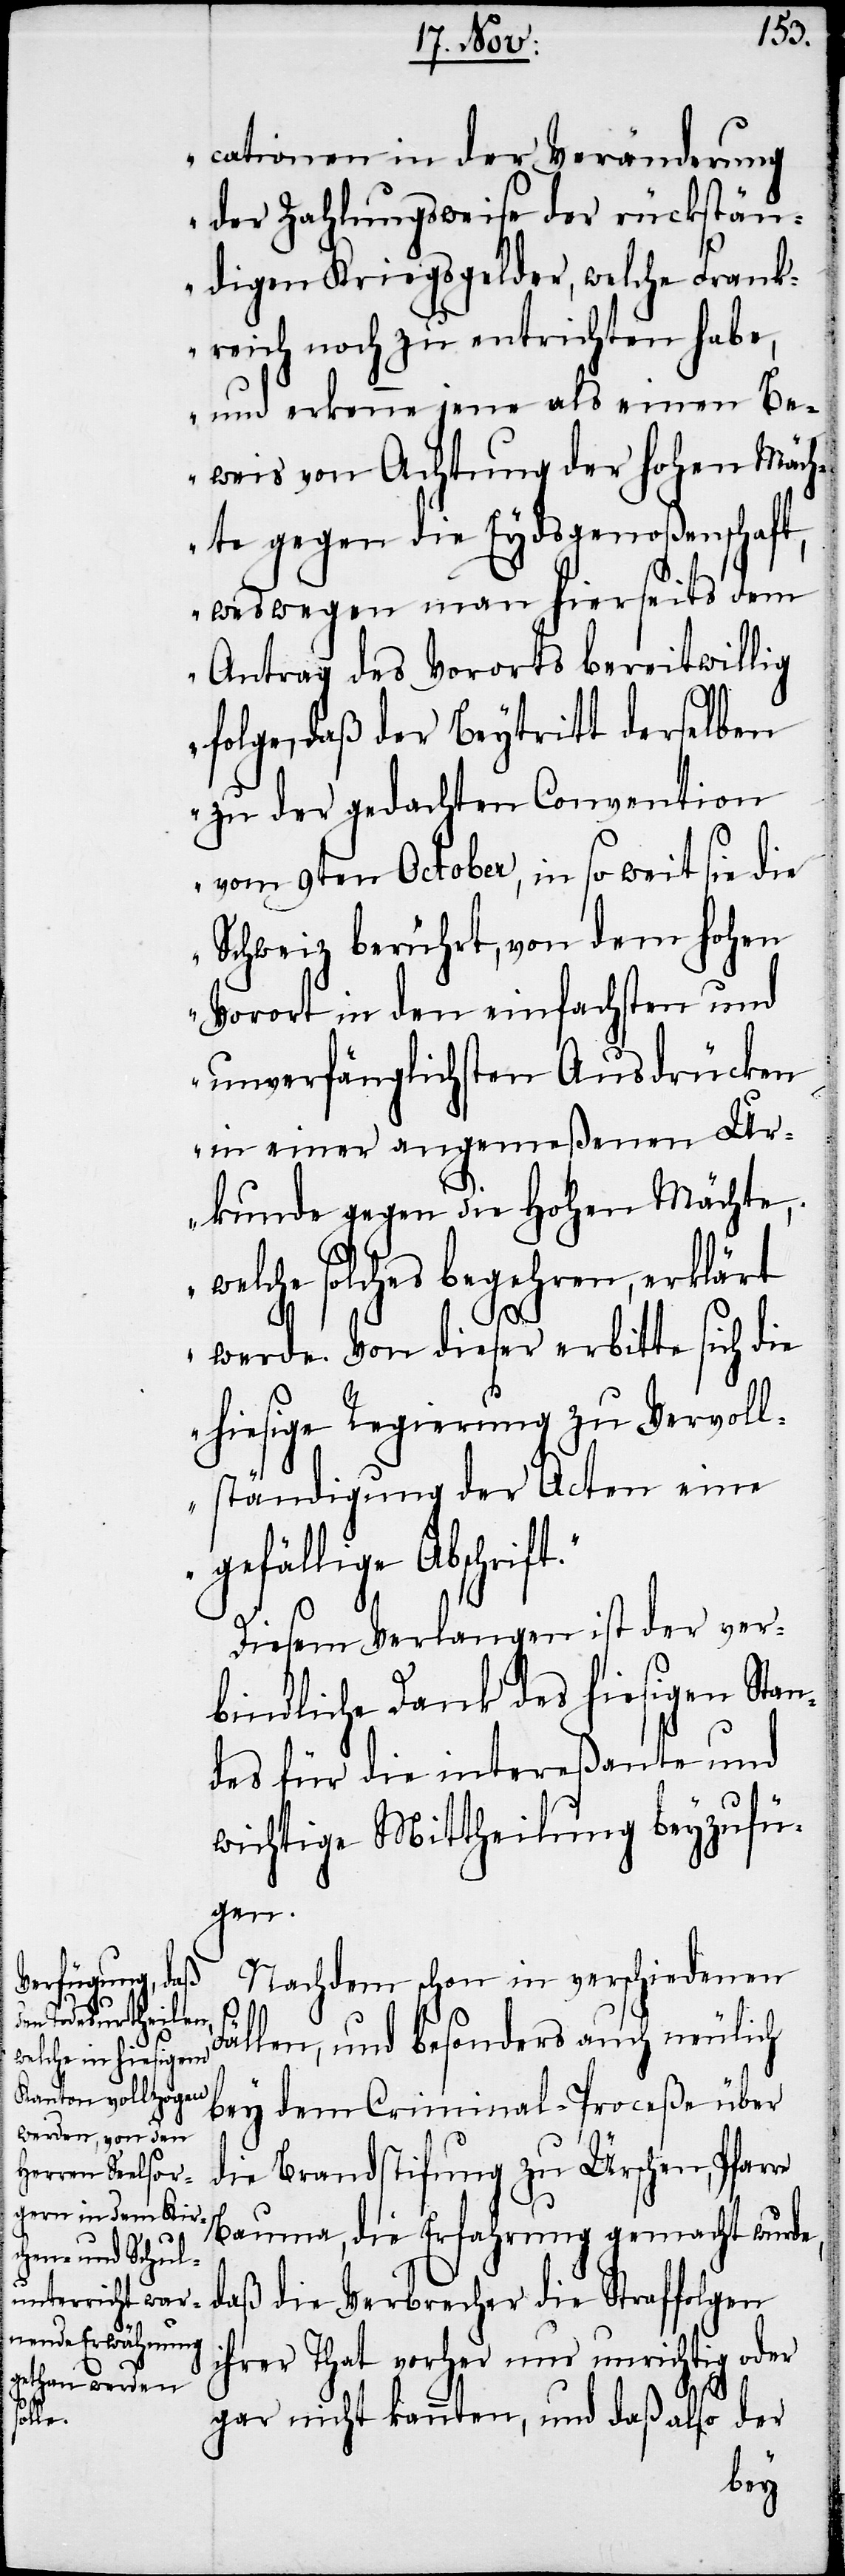
F¬

cationen in der Veränderung
der Zahlungsweise der rückstän¬
digen Kriegsgelder, welche Frank¬
reich noch zu entrichten habe,
und erkenne jene als einen Be¬
weis von Achtung der hohen Mäch¬
te gegen die Eydsgenoßenschaft,
weswegen man hierseits dem
Antrag des Vororts bereitwillig
folge, daß der Beytritt derselben
zu der gedachten Convention
vom 9ten October, in so weit sie die
Schweiz berührt, von dem hohen
Vorort in den einfachsten und
unverfänglichsten Ausdrücken
in einer angemeßenen Ur¬
kunde gegen die Hohen Mächte,
welche solches begehren, erklärt
werde. Von dieser erbitte sich die
hiesige Regierung zu Vervoll¬
ständigung der Acten eine
gefällige Abschrif¬
Diesem Verlangen ist der ver¬
bindliche Dank des hiesigen Stan¬
des für die intereßante und
wichtige Mittheilung beyzufü¬
gen.
Nachdem schon in verschiedenen
ällen, und besonders auch neulich
bey dem Criminal-Proceße über
die Brandstif[t]ung zu Ürschen, Pfarre
Bauma, die Erfahrung gemacht wurde,
daß die Verbrecher die Straffolgen
ihrer That vorher nur unrichtig oder
gar nicht kannten, und daß also der